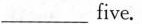
___five.